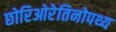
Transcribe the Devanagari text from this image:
छोरिओरेतिनोपथ्य